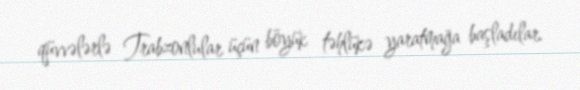
qüvvələrlə Trabzonlular üçün böyük təhlükə yaratmağa başladılar.